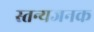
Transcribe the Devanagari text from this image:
स्तन्यजनक